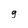
Character: g